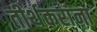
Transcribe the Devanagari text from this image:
तीर्थकरांना